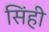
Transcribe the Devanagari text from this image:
सिंही